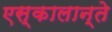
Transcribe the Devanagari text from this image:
एस्कालान्ते